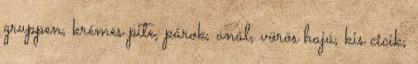
gruppen, krémes pite, párok, anál, vörös hajú, kis cicik,